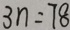
3 n = 7 8